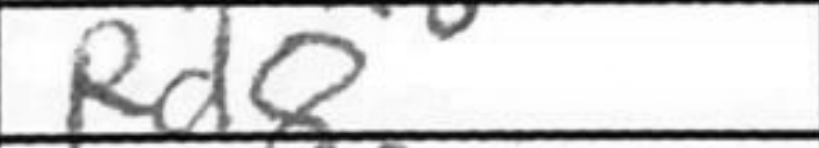
Transcription: Rd8